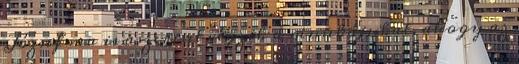
József ma is aszerint végzik a munkájukat, ahogy az